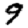
Digit: 9